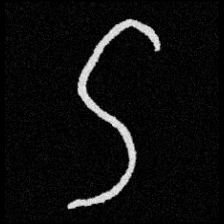
Pyu character \u2014 Myanmar letter: ဌ (romanized: ttha)